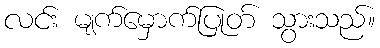
လင်း မျက်မှောက်ပြုတ် သွားသည်။